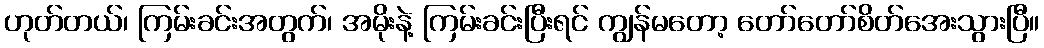
ဟုတ်တယ်၊ ကြမ်းခင်းအတွက်၊ အမိုးနဲ့ ကြမ်းခင်းပြီးရင် ကျွန်မတော့ တော်တော်စိတ်အေးသွားပြီ။